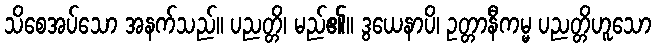
သိစေအပ်သော အနက်သည်။ ပညတ္တိ၊ မည်၏။ ဒွယေနာပိ၊ ဥတ္တာနီကမ္မ ပညတ္တိဟူသော